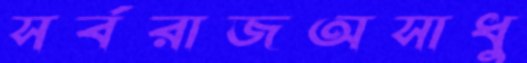
সর্বরাজঅসাধু